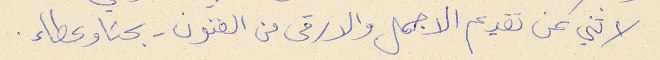
لا ثني عن تقديم الاجمل والارقى من الفنون - بحثا وعطاء.